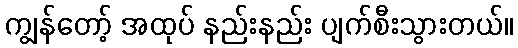
ကျွန်တော့် အထုပ် နည်းနည်း ပျက်စီးသွားတယ်။